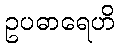
ဥပဓာရေဟိ